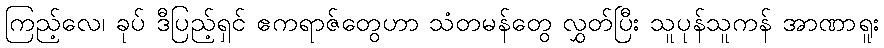
ကြည့်လေ၊ ခုပ် ဒီပြည့်ရှင် ဧကရာဇ်တွေဟာ သံတမန်တွေ လွှတ်ပြီး သူပုန်သူကန် အာဏာရူး